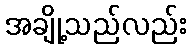
အချို့သည်လည်း